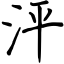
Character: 泙